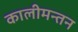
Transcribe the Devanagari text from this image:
कालीमन्तन